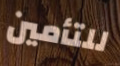
للتأمين